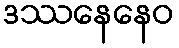
ဒဿနေနေဝ